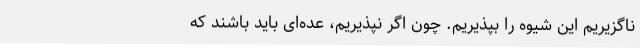
ناگزیریم این شیوه را بپذیریم. چون اگر نپذیریم، عده‌ای باید باشند که